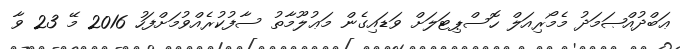
ޢަބްދުއްޞަމަދު މެމޯރިއަލް ހޮސްޕިޓަލަށް ވަޑައިގެން މަޢުލޫމާތު ސާފުކުރެއްވުމަށްފަހު 2016 މޭ 23 ވާ